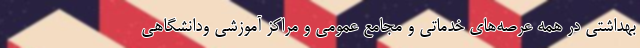
بهداشتی در همه عرصه‌های خدماتی و مجامع عمومی و مراکز آموزشی ودانشگاهی